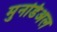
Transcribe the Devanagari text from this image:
मुनडिअल